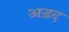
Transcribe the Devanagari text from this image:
अड़द